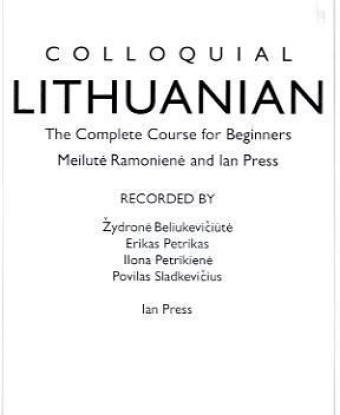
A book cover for Colloquial Lithuanian: The Complete Course for Beginners (Colloquial Series); Meilute Ramoniene; Travel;